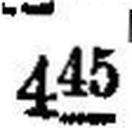
445